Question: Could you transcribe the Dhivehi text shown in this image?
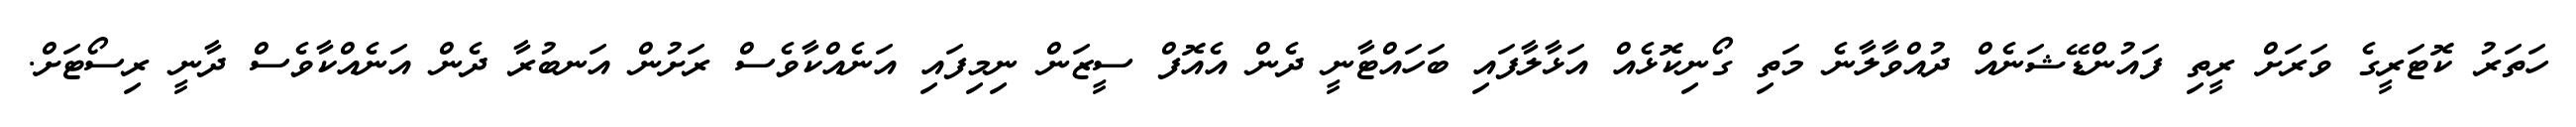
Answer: ހަތަރު ކޮޓަރީގެ ވަރަށް ރީތި ފައުންޑޭޝަނެއް ދުއްވާލާނެ މަތި ގޯނިކޮޅެއް އަޅާލާފައި ބަހައްޓާނީ ދެން އެއޮފް ސީޒަން ނިމިފައި އަނެއްކާވެސް ރަށުން އަނބުރާ ދެން އަނެއްކާވެސް ދާނީ ރިސޯޓަށް.